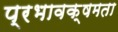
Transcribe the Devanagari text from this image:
प्रभावक्षमता